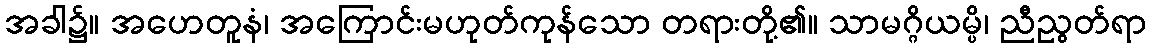
အခါ၌။ အဟေတူနံ၊ အကြောင်းမဟုတ်ကုန်သော တရားတို့၏။ သာမဂ္ဂိယမ္ပိ၊ ညီညွတ်ရာ